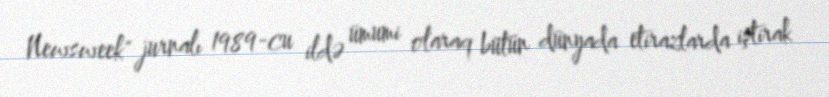
Newsweek" jurnalı 1989-cu ildə ümumi olaraq bütün dünyada etirazlarda iştirak